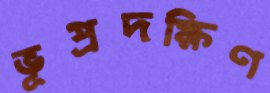
ভূপ্রদক্ষিণ